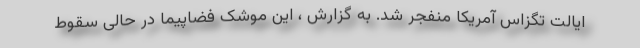
ایالت تگزاس آمریکا منفجر شد. به گزارش ، این موشک فضاپیما در حالی سقوط